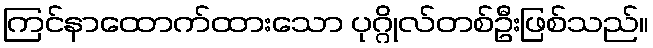
ကြင်နာထောက်ထားသော ပုဂ္ဂိုလ်တစ်ဦးဖြစ်သည်။